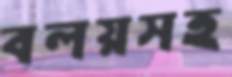
বলয়সহ